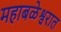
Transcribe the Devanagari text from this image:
महाबळेश्वरात